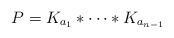
LaTeX: \begin{align*}P=K_{a_1}\ast \cdots \ast K_{a_{n-1}}\end{align*}